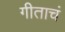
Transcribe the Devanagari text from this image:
गीताचं